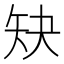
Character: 𰦕